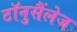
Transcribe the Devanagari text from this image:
टॉनुसैंलेज